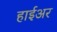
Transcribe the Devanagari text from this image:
हाईअर